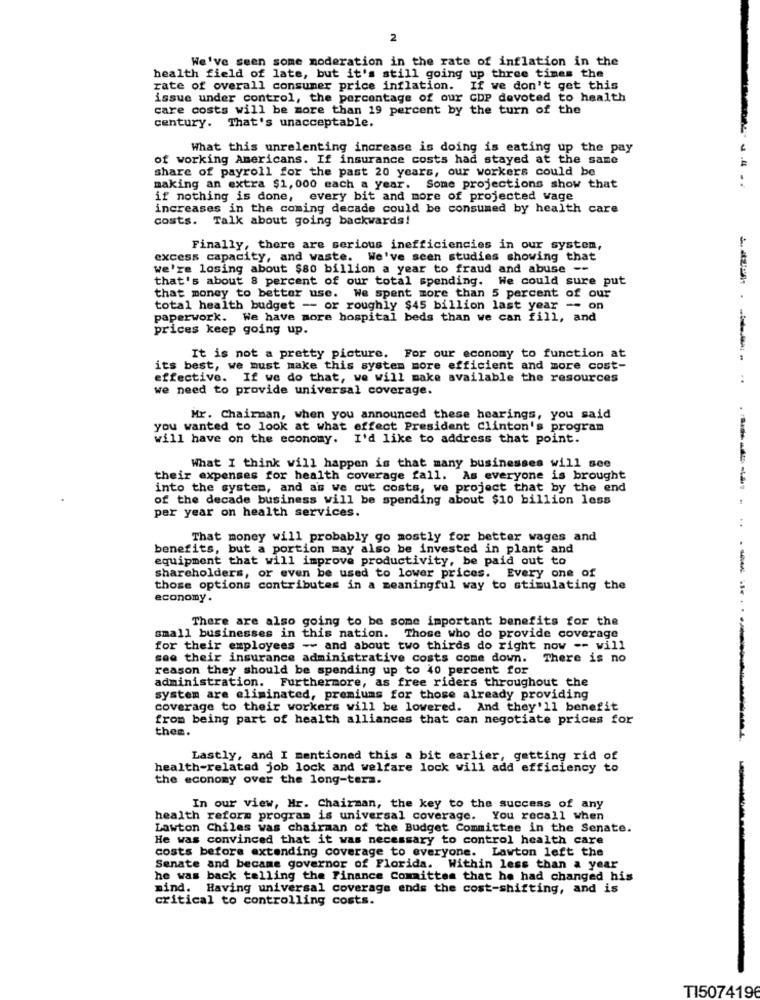
2
We've seen some moderation in the rate of inflation in the
health field of late, but it's still going up three times the
rate of overall consumer price inflation. If we don't get this
issue under control, the percentage of our CDP devoted to health
care costs will be more than 19 percent by the turn of the
century. That's unacceptable.
What this unrelenting increase is doing is eating up the pay
of working Americans. If insurance costs had stayed at the same
share of payroll for the past 20 years, our workers could be
making an extra $1,000 each a year. Some projections show that
if nothing is done, every bit and more of projected wage
increases in the coming decade could be consumed by health care
costs. Talk about going backwards!
Finally, there are serious inefficiencies in our system,
excess capacity, and waste. We've seen studies showing that
we're losing about $80 billion a year to fraud and abuse --
that's about 8 percent of our total spending. We could sure put
that money to better use. We spent more than 5 percent of our
total health budget -- or roughly $45 billion last year -- on
paperwork. We have more hospital beds than we can fill, and
prices keep going up.
It is not a pretty picture. For our economy to function at
its best, we must make this system more efficient and more cost-
effective. If we do that, we will make available the resources
we need to provide universal coverage.
Mr. Chairman, when you announced these hearings, you said
you wanted to look at what effect President Clinton's program
will have on the economy. I'd like to address that point.
What I think will happen is that many businesses will see
their expenses for health coverage fall. As everyone is brought
into the system, and as we cut costs, we project that by the end
of the decade business will be spending about $10 billion less
per year on health services.
That money will probably go mostly for better wages and
benefits, but a portion may also be invested in plant and
equipment that will improve productivity, be paid out to
shareholders, or even be used to lower prices. Every one of
those options contributes in a meaningful way to stimulating the
economy.
There are also going to be some important benefits for the
small businesses in this nation. Those who do provide coverage
for their employees -- and about two thirds do right now -- will
see their insurance administrative costs come down. There is no
reason they should be spending up to 40 percent for
administration. Furthermore, as free riders throughout the
system are eliminated, premiums for those already providing
coverage to their workers will be lowered. And they'll benefit
from being part of health alliances that can negotiate prices for
then.
Lastly, and I mentioned this a bit earlier, getting rid of
health-related job lock and welfare lock will add efficiency to
the economy over the long-term.
In our view, Mr. Chairman, the key to the success of any
health reform program is universal coverage. You recall when
Lawton Chiles was chairman of the Budget Committee in the Senate.
He was convinced that it was necessary to control health care
costs before extending coverage to everyone. Lawton left the
Senate and became governor of Florida. Within less than a year
he was back telling the Finance Committee that he had changed his
mind. Having universal coverage ends the cost-shifting, and is
critical to controlling costs.
TI5074196